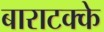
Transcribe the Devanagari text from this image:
बाराटक्के